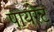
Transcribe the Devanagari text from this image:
पायरेट